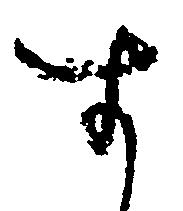
す